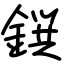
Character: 鐉